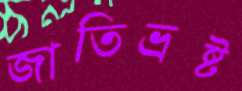
জাতিভ্রষ্ট